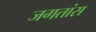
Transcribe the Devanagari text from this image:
जगतांस